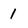
Character: 1